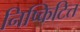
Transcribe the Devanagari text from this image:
निष्किटित